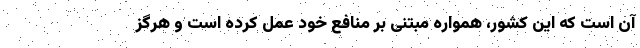
آن است که این کشور، همواره مبتنی بر منافع خود عمل کرده است و هرگز